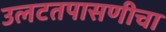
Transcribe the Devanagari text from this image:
उलटतपासणीचा